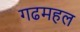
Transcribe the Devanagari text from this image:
गढमहल